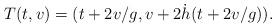
LaTeX: \begin{align*}T(t,v)=(t+2v/g, v+2 \dot{h}(t+2v/g) ).\end{align*}